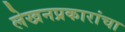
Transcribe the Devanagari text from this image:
लेखनप्रकारांचा